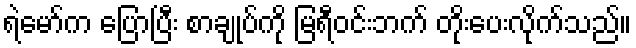
ရဲမော်က ပြောပြီး စာချုပ်ကို မြရီဝင်းဘက် တိုးပေးလိုက်သည်။